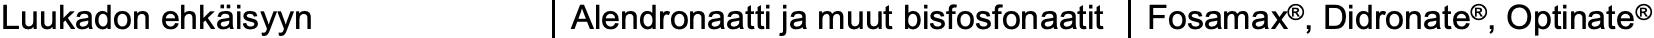
Luukadon ehkäisyyn Alendronaattija muut bisfosfonaatit Fosamax®, Didronate®, Optinate®